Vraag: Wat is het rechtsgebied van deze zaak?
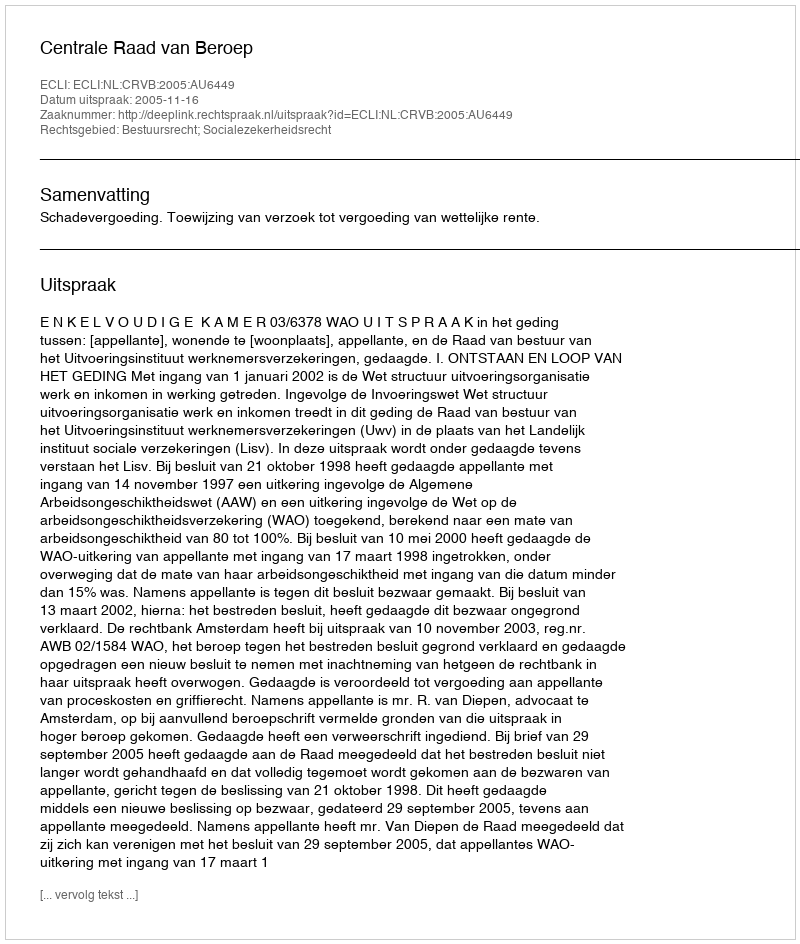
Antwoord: Bestuursrecht; Socialezekerheidsrecht